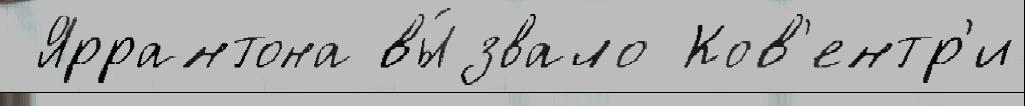
 Яррантона вы́звало Ков'ентр'и